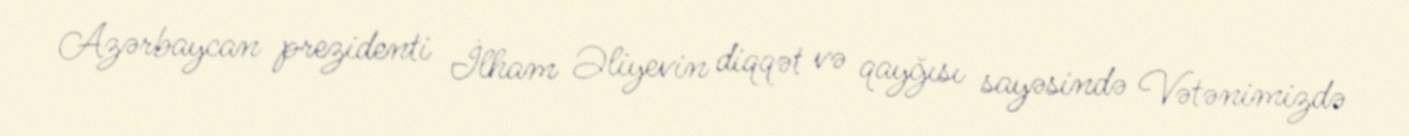
Azərbaycan prezidenti İlham Əliyevin diqqət və qayğısı sayəsində Vətənimizdə